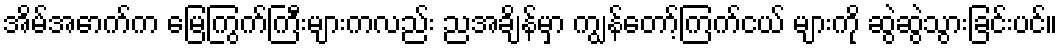
အိမ်အောက်က မြေကြွက်ကြီးများကလည်း ညအချိန်မှာ ကျွန်တော့်ကြက်ငယ် များကို ဆွဲဆွဲသွားခြင်းပင်။